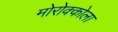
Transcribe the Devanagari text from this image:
मोरोक्कोला